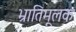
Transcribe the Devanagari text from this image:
भ्रातिमूलक